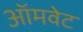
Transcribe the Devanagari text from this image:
ऑमवेट